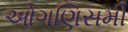
ઓગણિસમી